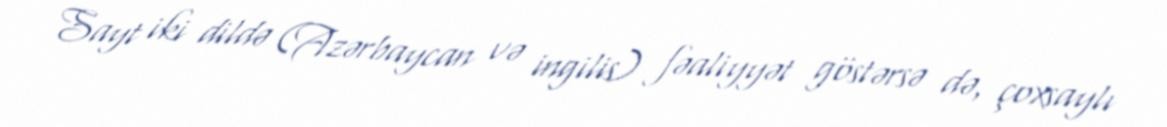
Sayt iki dildə (Azərbaycan və ingilis) fəaliyyət göstərsə də, çoxsaylı